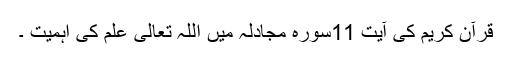
قرآن کریم کی آیت 11سورہ مجادلہ میں اللہ تعالی علم کی اہمیت ۔